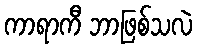
ကာရာကီ ဘာဖြစ်သလဲ